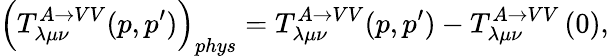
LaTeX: \left(T_{\lambda\mu\nu}^{A\rightarrow VV}(p,p^{\prime})\right)_{phys}=T_{\lambda\mu\nu}^{A\rightarrow VV}(p,p^{\prime})-T_{\lambda\mu\nu}^{A\rightarrow VV}\left(0\right),